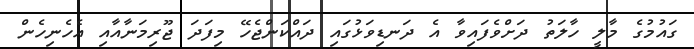
ގައުމުގެ މާލީ ހާލަތު ދަށްވެފައިވާ އެ ދަނޑިވަޅުގައި ދައްކަންޖެހޭ މިފަދަ ޖޫރިމަނާއާއި އެހެނިހެން